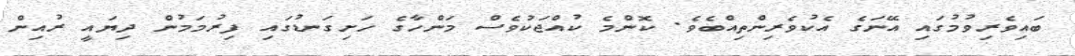
ބައިވެރިވުމުގައި އޭނަގެ އެކުވެރިންތިއްބެވެ. ކޮންމެ ކުއްޖަކުވެސް މަންހާގެ ހަށިގަނޑުގައި ފިރުމަމުން ދިޔައީ ރުއިން